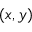
( x , y )